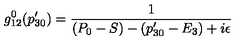
g _ { 1 2 } ^ { 0 } ( p _ { 3 0 } ^ { \prime } ) = { \frac { 1 } { ( P _ { 0 } - S ) - ( p _ { 3 0 } ^ { \prime } - E _ { 3 } ) + i \epsilon } }